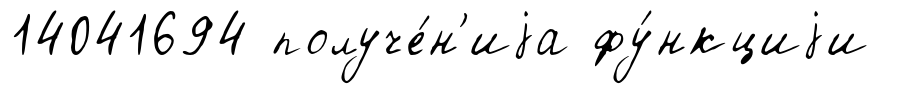
14041694 получе́н'иjа фу́нкциjи